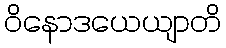
ဝိနောဒယေယျာတိ